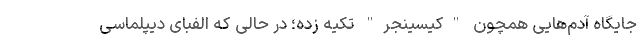
جایگاه آدم‌هایی همچون "کیسینجر" تکیه زده؛ در حالی که الفبای دیپلماسی